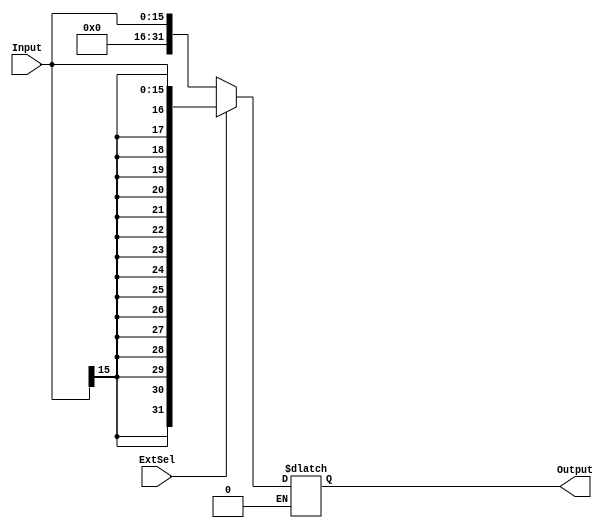
`timescale 1ns / 1ps
//////////////////////////////////////////////////////////////////////////////////
// Company: 
// Engineer: 
// 
// Design Name: 
// Module Name: SignZeroExtend
// Project Name: 
// Target Devices: 
// Tool Versions: 
// Description: 
// 
// Dependencies: 
// 
// Revision:
// Revision 0.01 - File Created
// Additional Comments:
// 
//////////////////////////////////////////////////////////////////////////////////


module SignZeroExtend(
    input ExtSel,
    input [15:0] Input,
    output  reg signed[31:0] Output
    );
    initial
        Output <= 32'bz;
    always@(Input or ExtSel)
    begin
        if(ExtSel==0)//0
        begin
            Output={16'b0000_0000_0000_0000,Input};
        end
        
        else if(ExtSel==1)//
        begin
            Output={{16{Input[15]}},Input};
        end
    end
    
        
endmodule